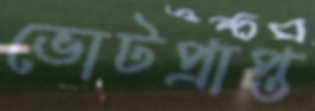
ভোটপ্রাপ্ত